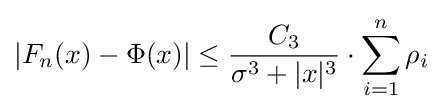
|F_{n}(x)-\Phi (x)|\leq {\frac {C_{3}}{\sigma ^{3}+|x|^{3}}}\cdot \sum _{i=1}^{n}\rho _{i}